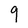
Character: q